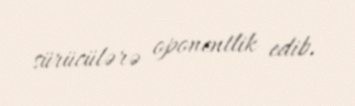
sürücülərə oponentlik edib.